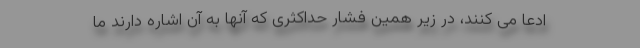
ادعا می کنند، در زیر همین فشار حداکثری که آنها به آن اشاره دارند ما